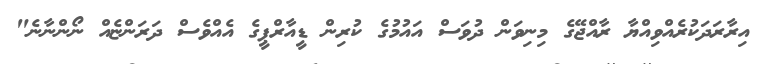
އިރާރަދަކުރެއްވިއްޔާ ރާއްޖޭގެ މިނިވަން ދުވަސް އައުމުގެ ކުރިން ޑީއާރްޕީގެ އެއްވެސް ދަރަންޏެއް ނޯންނާނެ"